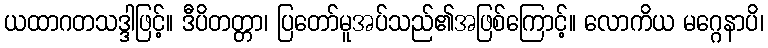
ယထာဂတသဒ္ဒါဖြင့်။ ဒီပိတတ္တာ၊ ပြတော်မူအပ်သည်၏အဖြစ်ကြောင့်။ လောကိယ မဂ္ဂေနာပိ၊